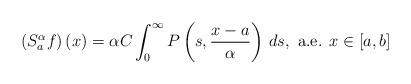
LaTeX: \begin{align*}\left(S_a^\alpha f\right)(x)=\alpha C \int_0^\infty P\left(s,\frac{x-a}{\alpha}\right)\,ds ,\mbox{ a.e. } x\in [a,b]\end{align*}